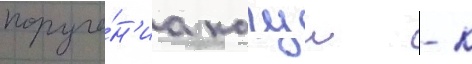
поруче́н'иа кагуи - к